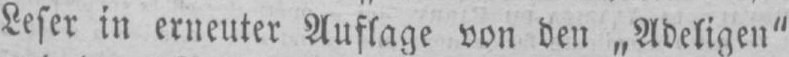
Leser in erneuter Auflage von den „Adeligen“